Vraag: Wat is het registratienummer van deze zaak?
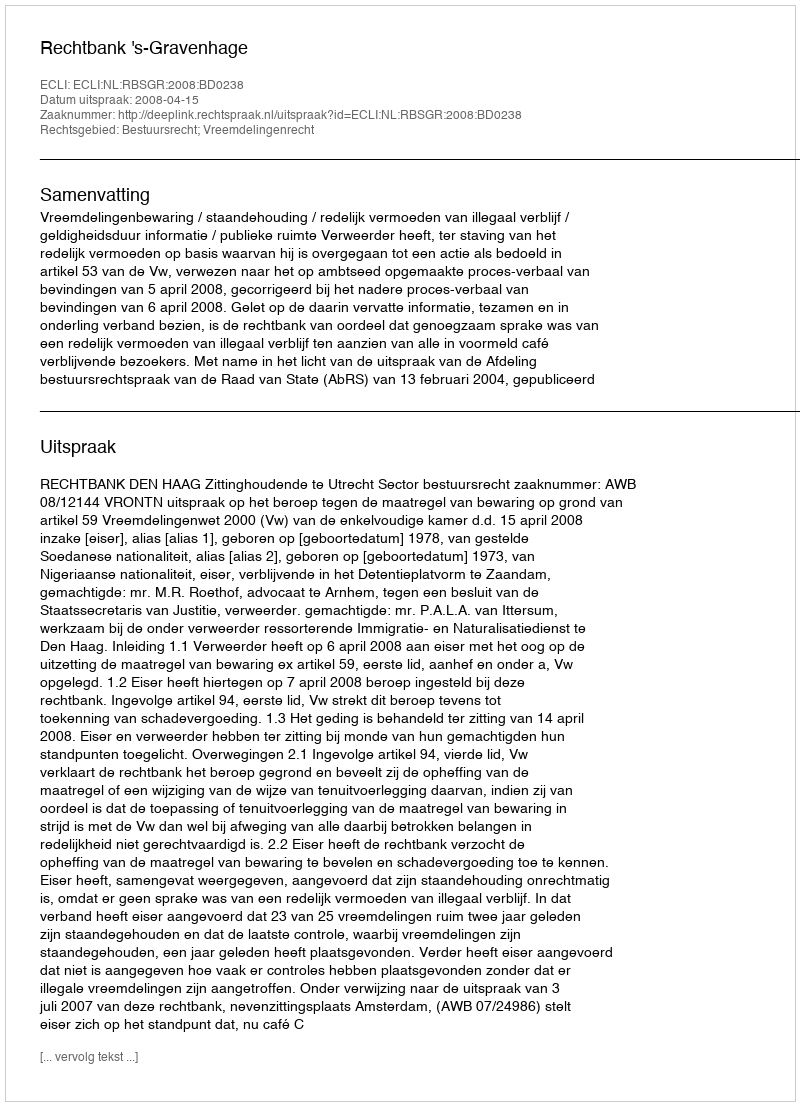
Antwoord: http://deeplink.rechtspraak.nl/uitspraak?id=ECLI:NL:RBSGR:2008:BD0238